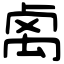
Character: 𥜽